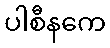
ပါစီနကေ